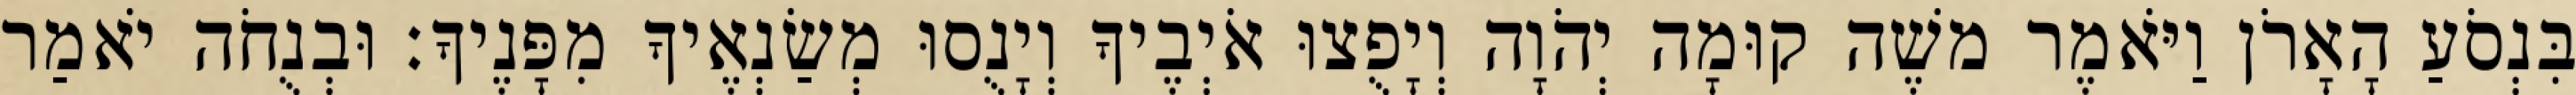
בִּנְסֹעַ הָאָרֹן וַיֹּאמֶר משֶׁה קוּמָה יְהֹוָה וְיָפֻצוּ אֹיְבֶיךָ וְיָנֻסוּ מְשַׂנְאֶיךָ מִפָּנֶיךָ׃ וּבְנֻחֹה יֹאמַר